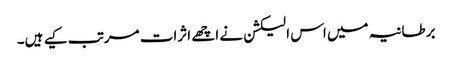
برطانیہ میں اس الیکشن نے اچھے اثرات مرتب کیے ہیں۔